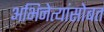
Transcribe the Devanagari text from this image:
अभिनेत्यांसोबत